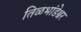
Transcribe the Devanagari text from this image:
तिळभांडेश्वर